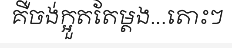
គឺចង់ក្អួតតែម្តង...តោះៗ